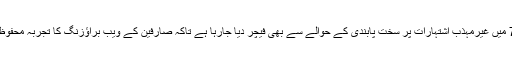
دوسری جانب کروم 71 میں غیرمہذب اشتہارات پر سخت پابندی کے حوالے سے بھی فیچر دیا جارہا ہے تاکہ صارفین کے ویب براﺅزنگ کا تجربہ محفوظ اور خوشگوار ثابت ہو۔